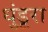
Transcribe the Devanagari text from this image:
धुंडूरा